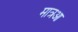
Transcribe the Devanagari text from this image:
मात्रआ